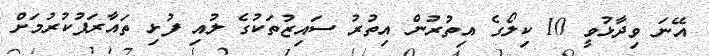
އޭނަ ވިދާޅުވީ 10 ކިލޯގެ އިތުރުން އިތުރު ސައިޒުތަކުގެ ލުއި ފުޅި ތައާރަފުކުރުމަށް